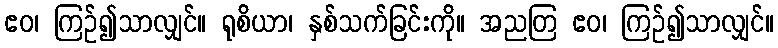
ဧဝ၊ ကြဉ်၍သာလျှင်။ ရုစိယာ၊ နှစ်သက်ခြင်းကို။ အညတြ ဧဝ၊ ကြဉ်၍သာလျှင်။